Annual report of the Imperial Bacteriological Laboratory, Muktesar
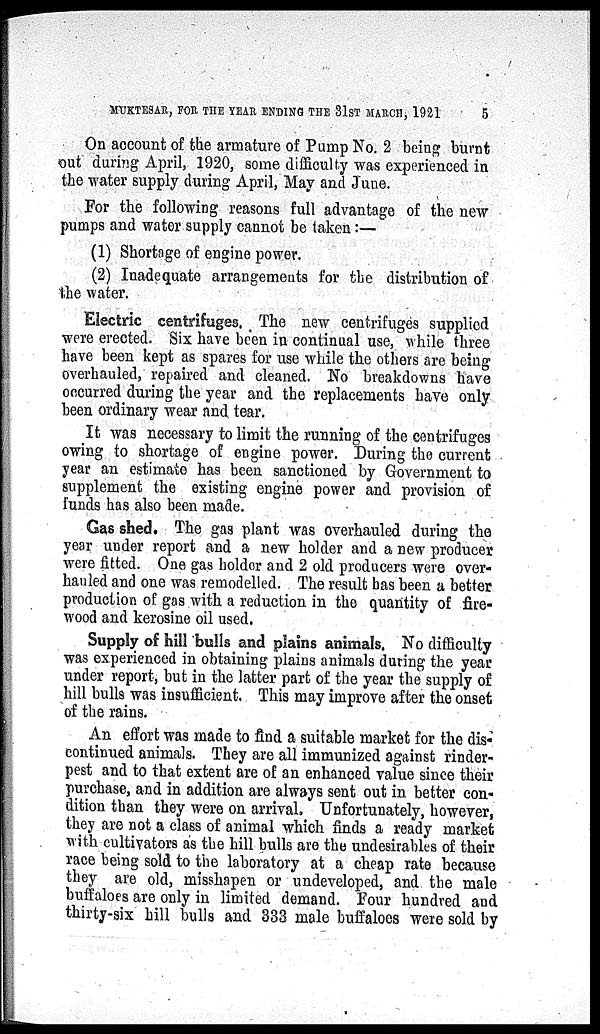
MUKTESAR, FOR THE YEAR ENDING THE 31ST MARCH, 1921
5
On account of the armature of Pump No. 2 being burnt
out during April, 1920, some difficulty was experienced in
the water supply during April, May and June.
For the following reasons full advantage of the new
pumps and water supply cannot be taken :—
(1) Shortage of engine power.
(2) Inadequate arrangements for the distribution of
the water.
Electric centrifuges. The new centrifuges supplied
were erected. Six have been in continual use, while three
have been kept as spares for use while the others are being
overhauled, repaired and cleaned. No breakdowns have
occurred during the year and the replacements have only
been ordinary wear and tear.
It was necessary to limit the running of the centrifuges
owing to shortage of engine power. During the current
year an estimate has been sanctioned by Government to
supplement the existing engine power and provision of
funds has also been made.
Gas shed. The gas plant was overhauled during the
year under report and a new holder and a new producer
were fitted. One gas holder and 2 old producers were over-
hauled and one was remodelled. The result has been a better
production of gas with a reduction in the quantity of fire-
wood and kerosine oil used.
Supply of hill bulls and plains animals. No difficulty
was experienced in obtaining plains animals during the year
under report, but in the latter part of the year the supply of
hill bulls was insufficient. This may improve after the onset
of the rains.
An effort was made to find a suitable market for the dis-
continued animals. They are all immunized against rinder-
pest and to that extent are of an enhanced value since their
purchase, and in addition are always sent out in better con-
dition than they were on arrival. Unfortunately, however,
they are not a class of animal which finds a ready market
with cultivators as the hill bulls are the undesirables of their
race being sold to the laboratory at a cheap rate because
they are old, misshapen or undeveloped, and the male
buffaloes are only in limited demand. Four hundred and
thirty-six hill bulls and 333 male buffaloes were sold by